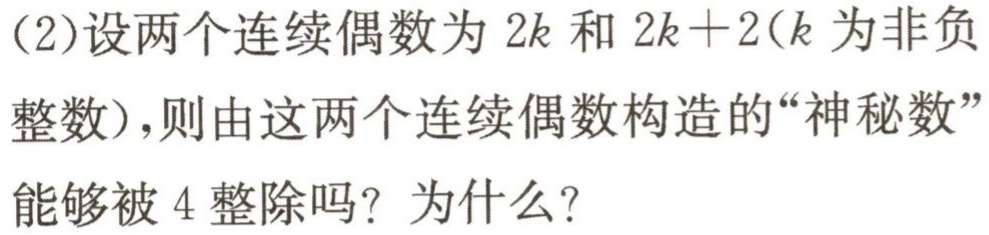
(2)设两个连续偶数为\(2k\)和\(2k + 2\)(\(k\)为非负整数)，则由这两个连续偶数构造的“神秘数”能够被\(4\)整除吗？为什么？